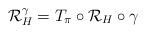
LaTeX: \begin{align*} \mathcal{R}^{\gamma}_H=T_{\pi}\circ \mathcal{R}_H\circ \gamma\end{align*}